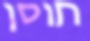
חוסן